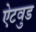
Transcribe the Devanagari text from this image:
ऐटवुड